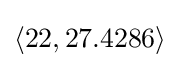
\langle 22,27.4286\rangle